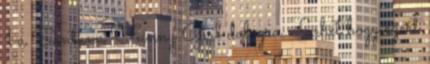
1 a Santana Funny Girl dologra. Lehet hogy ezért